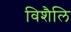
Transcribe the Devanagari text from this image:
विशैलि